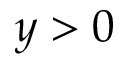
y > 0